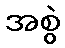
အစွဲ